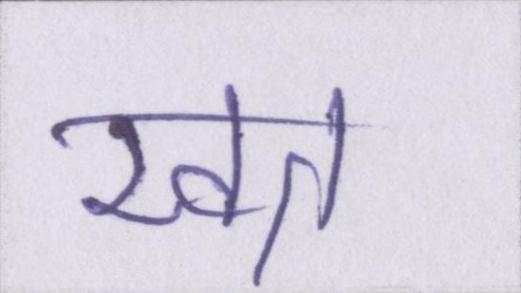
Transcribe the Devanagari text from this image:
खत